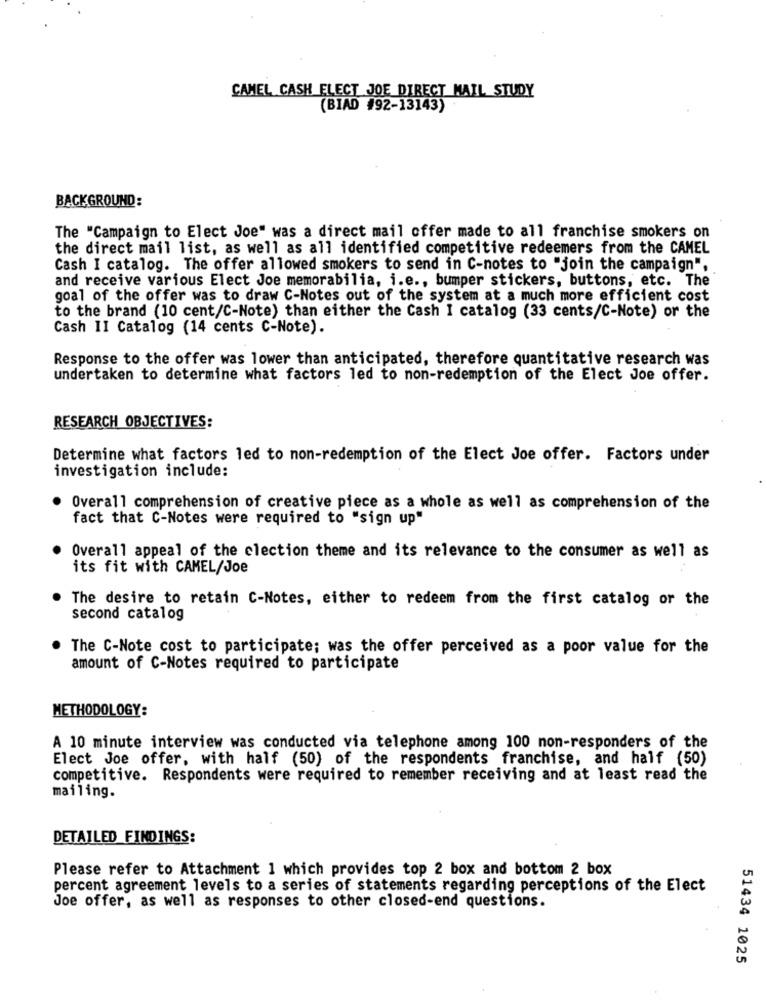
CAMEL CASH ELECT JOE DIRECT MAIL STUDY
(BIAD #92-13143)
BACKGROUND:
The "Campaign to Elect Joe" was a direct mail offer made to all franchise smokers on
the direct mail list, as well as all identified competitive redeemers from the CAMEL
Cash I catalog. The offer allowed smokers to send in C-notes to "join the campaign".
and receive various Elect Joe memorabilia, i.e ., bumper stickers, buttons, etc. The
goal of the offer was to draw C-Notes out of the system at a much more efficient cost
to the brand (10 cent/C-Note) than either the Cash I catalog (33 cents/C-Note) or the
Cash II Catalog (14 cents C-Note).
Response to the offer was lower than anticipated, therefore quantitative research was
undertaken to determine what factors led to non-redemption of the Elect Joe offer.
RESEARCH OBJECTIVES:
Determine what factors led to non-redemption of the Elect Joe offer. Factors under
investigation include:
Overall comprehension of creative piece as a whole as well as comprehension of the
fact that C-Notes were required to "sign up"
Overall appeal of the election theme and its relevance to the consumer as well as
its fit with CAMEL/Joe
The desire to retain C-Notes, either to redeem from the first catalog or the
second catalog
The C-Note cost to participate; was the offer perceived as a poor value for the
amount of C-Notes required to participate
METHODOLOGY:
A 10 minute interview was conducted via telephone among 100 non-responders of the
Elect Joe offer, with half (50) of the respondents franchise, and half (50)
competitive. Respondents were required to remember receiving and at least read the
mailing.
DETAILED FINDINGS:
Please refer to Attachment 1 which provides top 2 box and bottom 2 box
percent agreement levels to a series of statements regarding perceptions of the Elect
Joe offer, as well as responses to other closed-end questions.
51434 1025